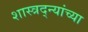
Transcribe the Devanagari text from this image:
शास्त्रद्न्यांच्या